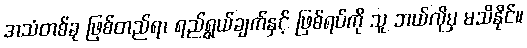
အသံတစ်ခု ဖြစ်တည်ရာ ရည်ရွယ်ချက်နှင့် ဖြစ်ရပ်ကို သူ ဘယ်လိုမှ မသိနိုင်။